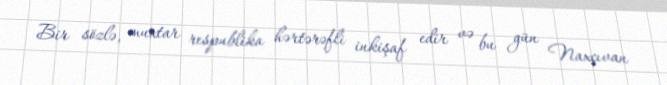
Bir sözlə, muxtar respublika hərtərəfli inkişaf edir və bu gün Naxçıvan